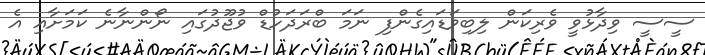
ސީސީ ވިދާޅުވީ ވެރިކަން ލިބިވަޑައިގެންފި ނަމަ ބްރަދަހުޑް ވުޖޫދުގައި ނޯންނާނެ ކަމަށާއި އެ